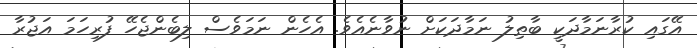
އޭގައި ކުރާނަމާދަކީ ބާޠިލު ނަމާދަކަށް ނުވާނެއެވެ. އެހެން ނަމަވެސް ލިބެންޖެހޭ ފުރިހަމަ އަޖުރާ